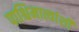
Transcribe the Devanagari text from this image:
पाश्चिमात्यांशी